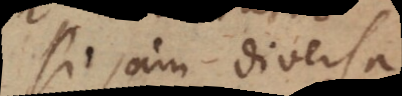
Si jam diversa